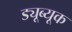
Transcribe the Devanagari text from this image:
ड्यूब्यूक